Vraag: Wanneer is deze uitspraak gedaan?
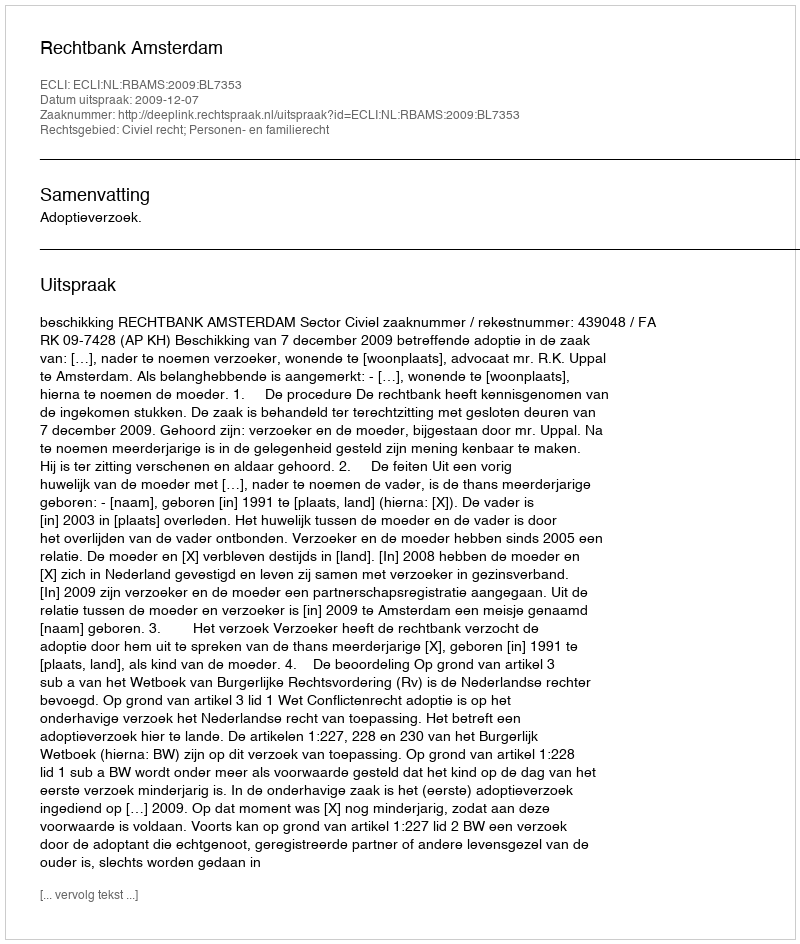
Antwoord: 2009-12-07